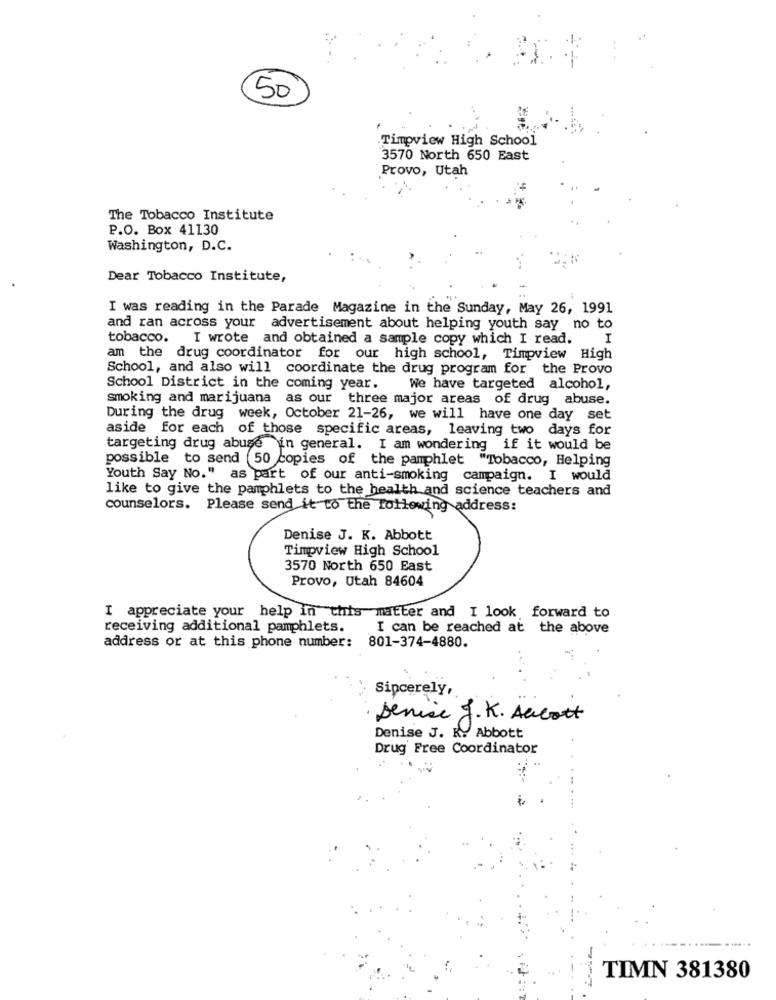
50
Timpview High School
3570 North 650 East
Provo, Utah
The Tobacco Institute
P.O. Box 41130
Washington, D.C.
Dear Tobacco Institute,
I was reading in the Parade Magazine in the Sunday, May 26, 1991
and ran across your advertisement about helping youth say no to
tobacco. I wrote and obtained a sample copy which I read.
I
am the drug coordinator for our high school, Timpview High
School, and also will coordinate the drug program for the Provo
School District in the coming year.
We have targeted alcohol,
smoking and marijuana as our three major areas of drug abuse.
During the drug week, October 21-26, we will have one day set
aside for each of those specific areas, leaving two days for
targeting drug abuse in general. I am wondering if it would be
possible to send 50 copies of the pamphlet "Tobacco, Helping
Youth Say No." as part of our anti-smoking campaign. I would
like to give the pamphlets to the health and science teachers and
counselors. Please send it to the following address:
Denise J. K. Abbott
Timpview High School
3570 North 650 East
Provo, Utah 84604
I appreciate your help in this matter and I look forward to
receiving additional pamphlets.
I can be reached at the above
801-374-4880.
address or at this phone number:
Sincerely,
Denise J. K. Alcott
Denise J. R. Abbott
Drug Free Coordinator
TIMN 381380